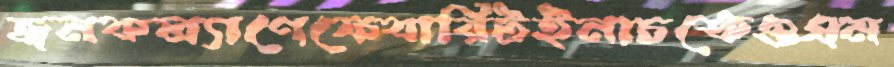
জনকল্যাণেফেবারিটইনাচতেওএম